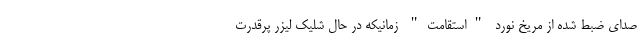
صدای ضبط شده از مریخ نورد "استقامت" زمانیکه در حال شلیک لیزر پرقدرت